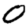
Digit: 0